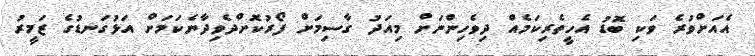
އެއަށްވުރެ ވަކި ބޮޑު އެހީތެރިކަމެއް ދިވެހިންނަށް މިއަދު ގާސިމަށް ފޯރުކޮށްދެވިދާނެކަމަށް އަޅުގަނޑުގެ ޒަމީރު